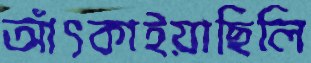
আঁৎকাইয়াছিলি